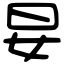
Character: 妟